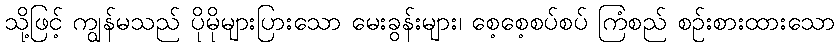
သို့ဖြင့် ကျွန်မသည် ပိုမိုများပြားသော မေးခွန်းများ၊ စေ့စေ့စပ်စပ် ကြံစည် စဉ်းစားထားသော